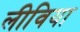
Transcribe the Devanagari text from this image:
लीविया